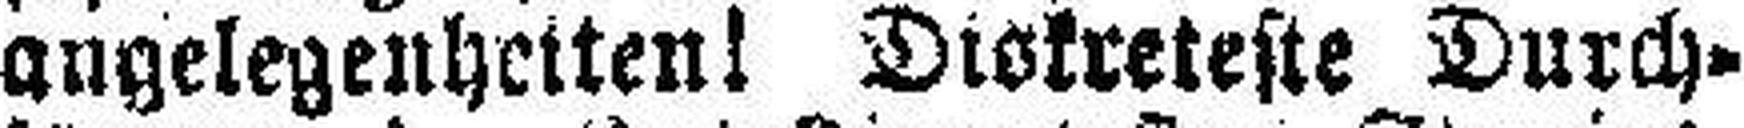
angelegenheiten! Diskreteste Durch¬